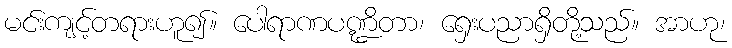
မင်းကျင့်တရားဟူ၍။ ပေါရာဏပဏ္ဍိတာ၊ ရှေးပညာရှိတို့သည်။ အာဟု၊